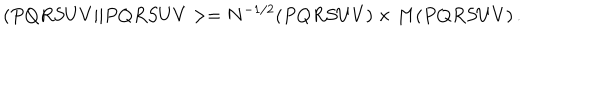
( P Q R S U V \vert \vert P Q R S U V > = N ^ { - 1 / 2 } ( P Q R S U V ) \times M ( P Q R S U V ) \, .